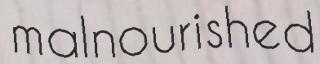
malnourished